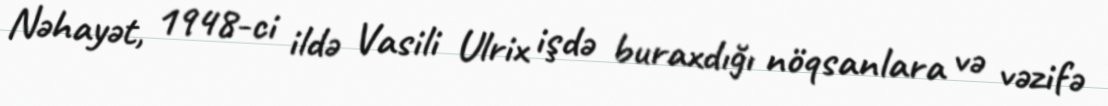
Nəhayət, 1948-ci ildə Vasili Ulrix işdə buraxdığı nöqsanlara və vəzifə